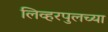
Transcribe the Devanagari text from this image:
लिव्हरपुलच्या